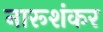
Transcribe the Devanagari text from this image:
नारूशंकर